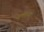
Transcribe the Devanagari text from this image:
जलमानव